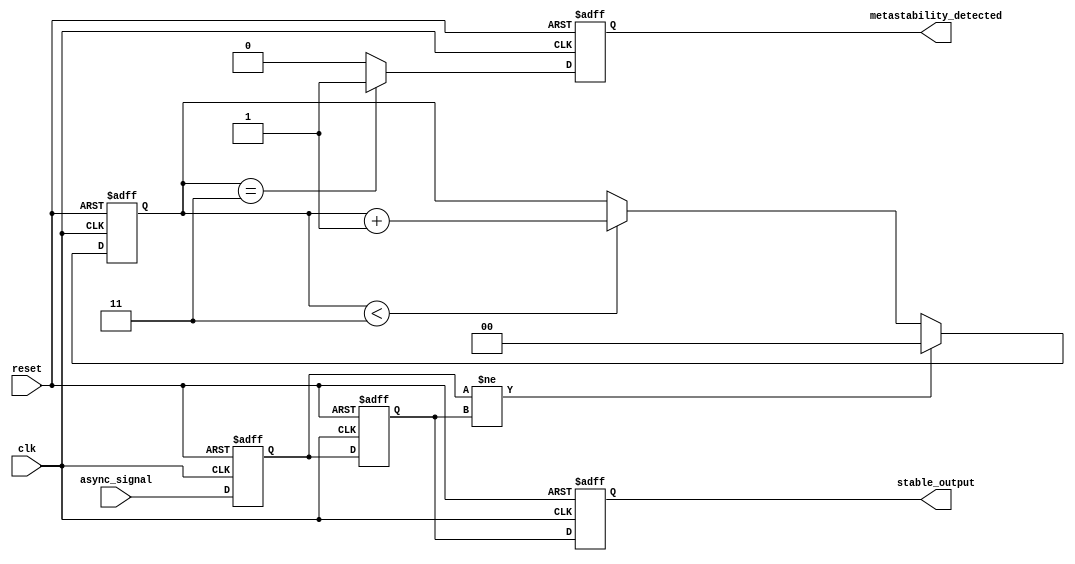
module metastability_detector (
    input wire clk,               // Synchronous clock signal
    input wire reset,             // Asynchronous reset signal
    input wire async_signal,      // Asynchronous input signal
    output reg metastability_detected, // Metastability detection flag
    output reg stable_output       // Stable output from the second flip-flop
);

    // Internal signals
    reg async_ff1;                // Output of the first flip-flop
    reg async_ff2;                // Output of the second flip-flop
    reg pulse;                    // Pulse signal
    reg [1:0] stable_counter;      // Counter to monitor stability

    // Asynchronous reset and flip-flop sampling
    always @(posedge clk or posedge reset) begin
        if (reset) begin
            async_ff1 <= 1'b0;
            async_ff2 <= 1'b0;
            metastability_detected <= 1'b0;
            stable_output <= 1'b0;
            pulse <= 1'b0;
            stable_counter <= 2'b00;
        end else begin
            // Sample the asynchronous signal
            async_ff1 <= async_signal;
            async_ff2 <= async_ff1;

            // Generate pulse when async_ff1 changes state
            if (async_ff1 != async_ff2) begin
                pulse <= 1'b1;
                stable_counter <= 2'b00; // Reset counter on state change
            end else begin
                pulse <= 1'b0;
                
                // Increment counter if stable
                if (stable_counter < 2'b11) begin
                    stable_counter <= stable_counter + 1;
                end
            end

            // Set stable_output for the second flip-flop
            stable_output <= async_ff2;

            // Detect metastability if the signal remains unstable for 3 clock cycles
            if (stable_counter == 2'b11) begin
                metastability_detected <= 1'b1; // Metastability condition detected
            end else begin
                metastability_detected <= 1'b0; // Clear the flag
            end
        end
    end

endmodule